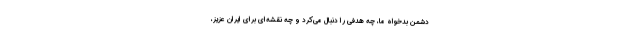
دشمن بدخواه ما، چه هدفی را دنبال می‌کرد و چه نقشه‌ای برای ایران عزیز،